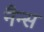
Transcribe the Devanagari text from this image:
नैन्स